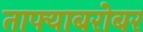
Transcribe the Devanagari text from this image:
ताफ्याबरोबर